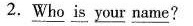
2.\underline{Who} \underline{is}